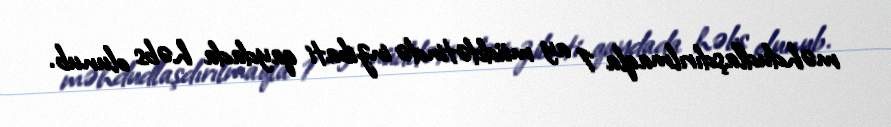
məhdudlaşdırılmaqla 1 ay müddətində inzibati qaydada həbs olunub.